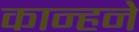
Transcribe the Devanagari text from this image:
कान्हने